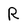
Character: R